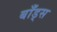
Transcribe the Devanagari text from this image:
बाँड्स